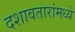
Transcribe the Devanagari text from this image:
दशावतारांमध्ये